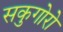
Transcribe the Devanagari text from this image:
सकुगोरो